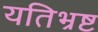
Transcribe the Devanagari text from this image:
यतिभ्रष्ट